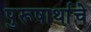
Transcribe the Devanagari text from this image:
पुरूषार्थाचे